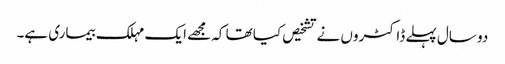
دو سال پہلے ڈاکٹروں نے تشخیص کیا تھا کہ مجھے ایک مہلک بیماری ہے۔